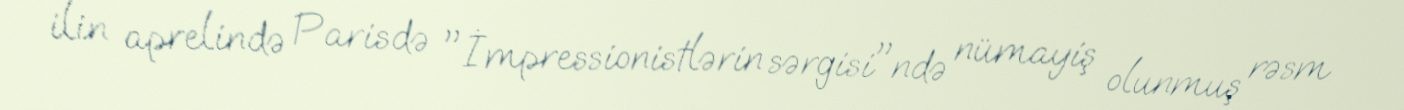
ilin aprelində Parisdə "İmpressionistlərin sərgisi"ndə nümayiş olunmuş rəsm